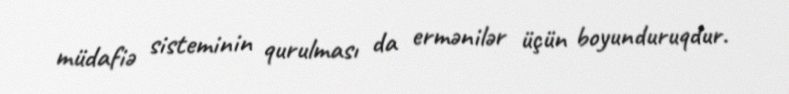
müdafiə sisteminin qurulması da ermənilər üçün boyunduruqdur.